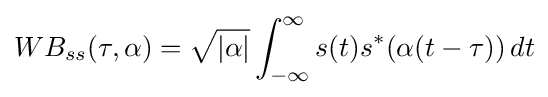
WB_{ss}(\tau ,\alpha )={\sqrt {|{\alpha }|}}\int _{-\infty }^{\infty }s(t)s^{*}(\alpha (t-\tau ))\,dt